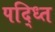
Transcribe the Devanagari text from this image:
पद्ध्‍ति